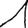
Digit: 1